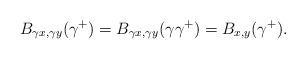
LaTeX: \begin{align*} B_{\gamma x,\gamma y}(\gamma^+)=B_{\gamma x,\gamma y}(\gamma\gamma^+)=B_{x,y}(\gamma^+).\end{align*}